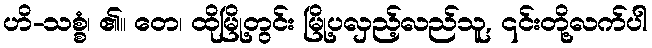
ဟိ-သစ္စံ၊ ၏။ တေ၊ ထိုမြို့တွင်း မြို့ပလှည့်လည်သူ, ၎င်းတို့လက်ပါ